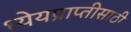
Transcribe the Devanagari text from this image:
ध्येयप्राप्तीसाठी